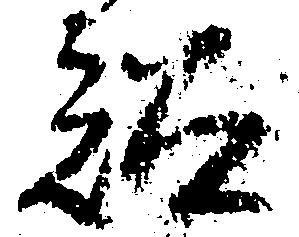
訟